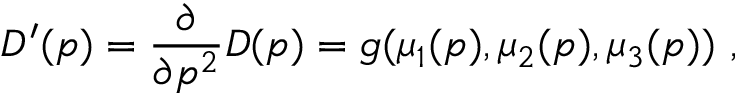
D ^ { \prime } ( p ) = { \frac { \partial } { \partial p ^ { 2 } } } D ( p ) = g ( \mu _ { 1 } ( p ) , \mu _ { 2 } ( p ) , \mu _ { 3 } ( p ) ) ~ ,